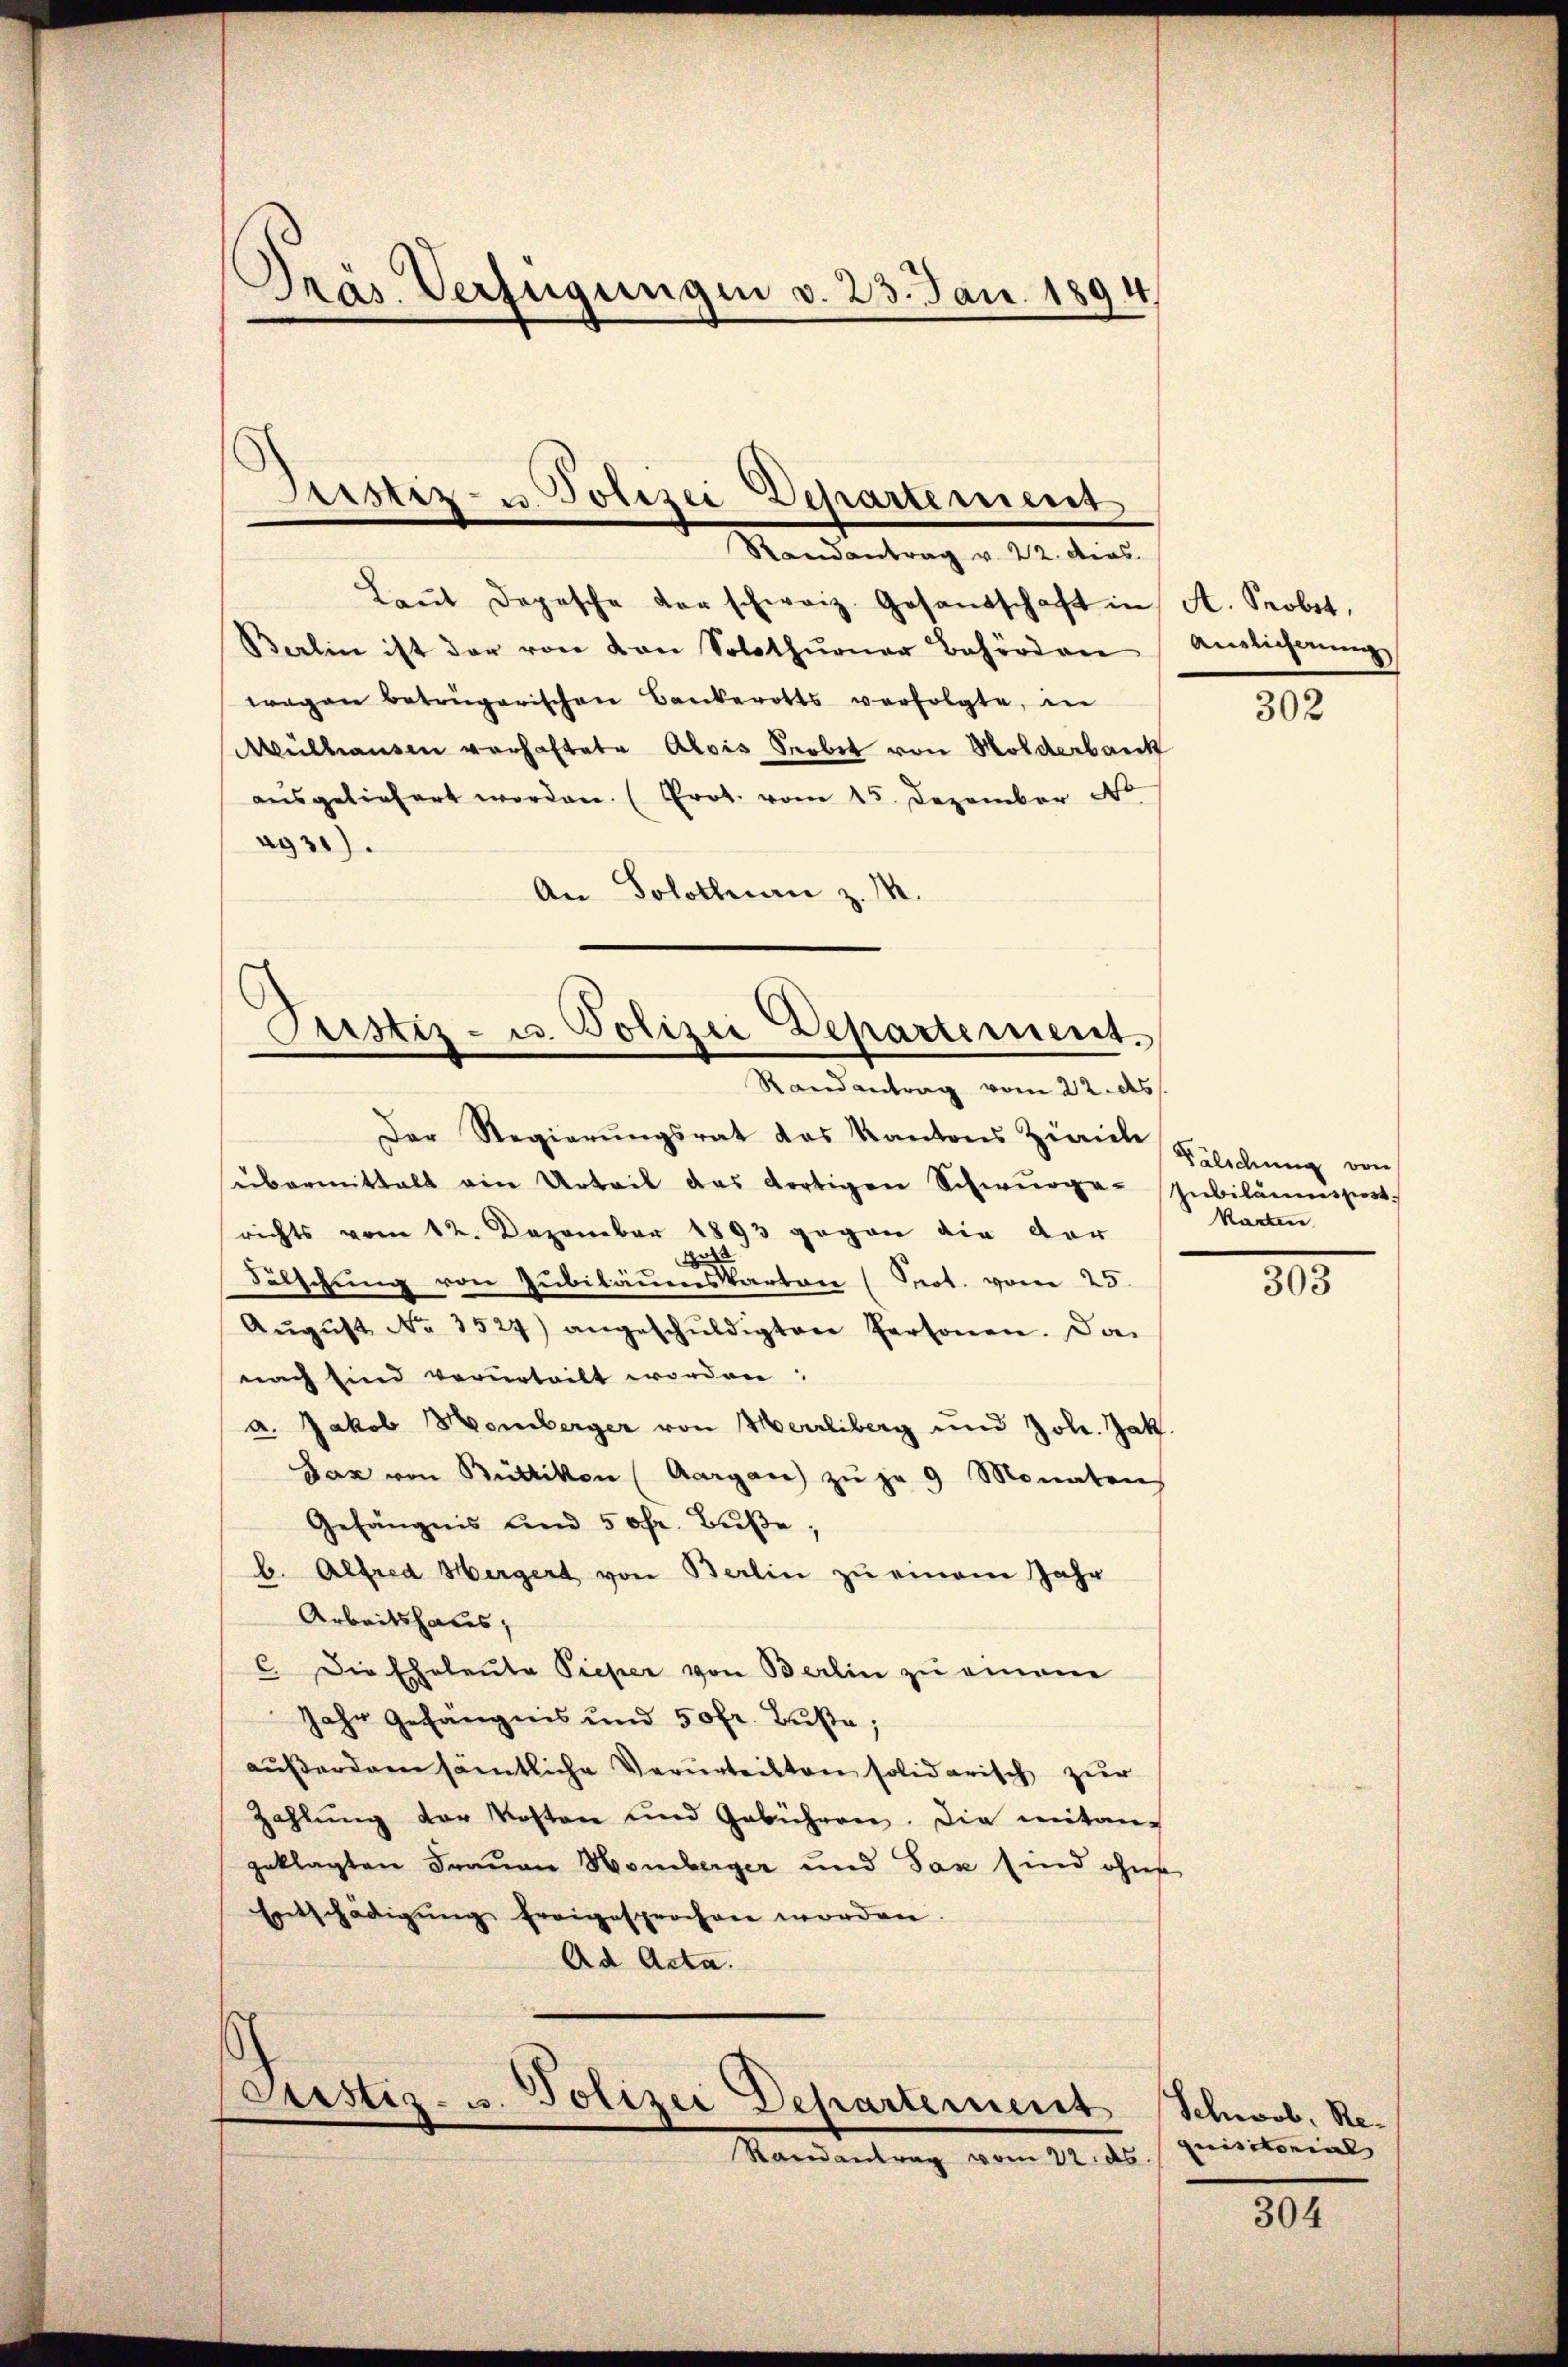
Präs. Verfügungen v. 25. Jan. 1894

Randantrag v. 22. dies
Laŭt Depesche der schweiz. Gesandschaft in A. Probst,
Barlin ist der von von Solothurner Behörden
wagen betrügerischen Bankerotts verfolgte, in
MMülhausen vorhaftete Alois Serbet von Holderbank
aŭsgeliefert worden. (Prot. vom 15. Dezember d
ag 31).
An Solothurn z. M.

Justiz- u. Polizei Departement

Pustiz- u. Polizei Departement.
Randantrag vom 22. ds.

Der Regierungsrat das Kantons Zürich
übermittalt ein Urteil das dortigen Schwurge-Jubiläumspart.
richts vom 12. Dezember 1893 gegen die vor
gos
Fälschung von Jubiläumskarten (Prot. vom 25.
Aŭgŭst No. 3527) angeschŭldigten Personen. Das
nach sind verurteilt worden:
a. Jakob Homberger von Herrliberg und Joh. Jak.
Jaz von Büttikon (Aargau zŭ je 9 Monaten
Gefängnis und 50fr. Buße,
b. Alfred Hergert von Berlin zu einem Jahr
Arbeitshaus,
C. Die Eheleute Pieper von Berlin zu einem
Jahr Gefängnis und 50 fr. Buße,
außerdem sämtliche Verurteilten solidarisch zur
Zahlŭng der Kosten und Gebühren. Die mitan-
geklagten Frauen Homberger und Tax sind ohne
Entschädigŭng freigesprochen worden.
Ad Acta.

s
Coustiz- u. Polizei Departement
Randantrag vom 22. ds

Anslicherung

302

Fälidung von
Karten

303

Schwol, Requisitorial

304